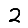
Digit: 2